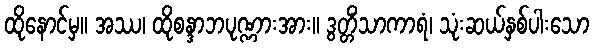
ထိုနောင်မှ။ အဿ၊ ထိုစန္ဒာဘပုဏ္ဏားအား။ ဒွတ္တိံသာကာရံ၊ သုံးဆယ်နှစ်ပါးသော